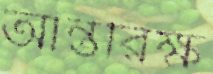
আন্তরিক্ষ